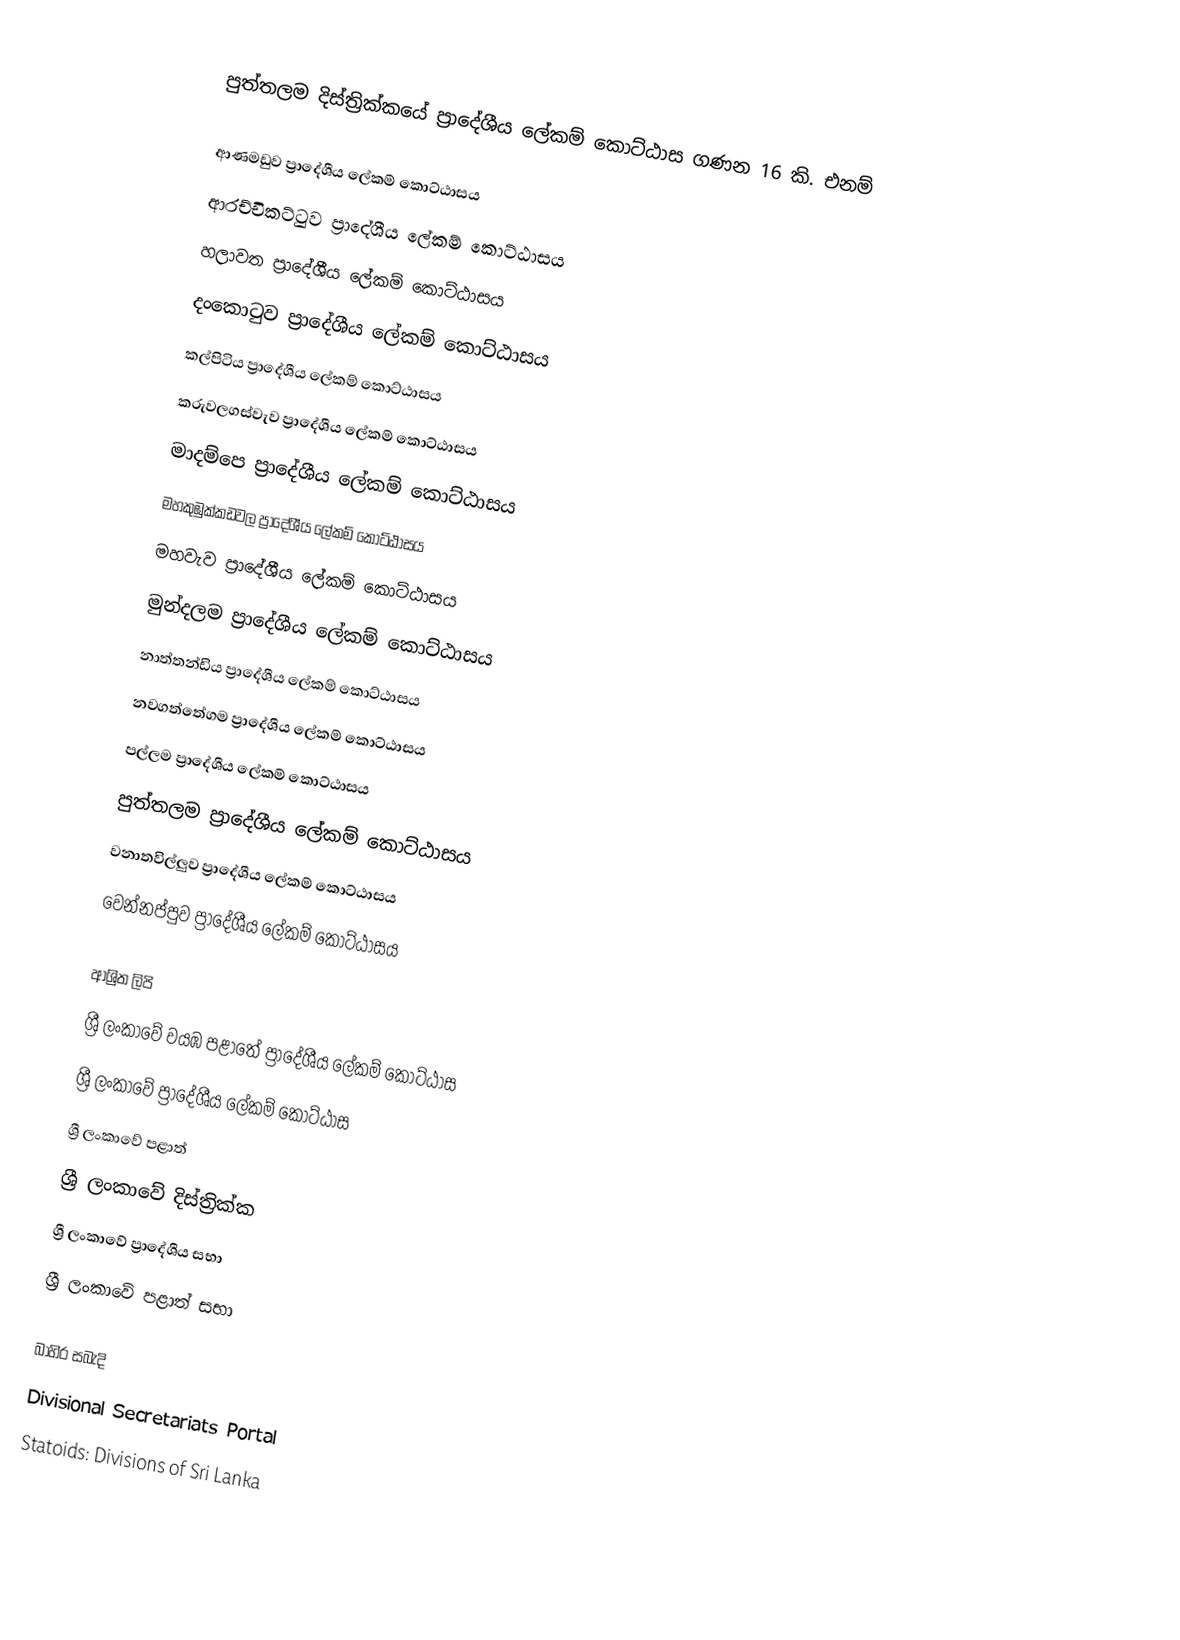
පුත්තලම දිස්ත්‍රික්කයේ ප්‍රාදේශීය ලේකම් කොට්ඨාස ගණන 16 කි. එනම්

 ආණමඩුව ප්‍රාදේශීය ලේකම් කොට්ඨාසය
 ආරච්චිකට්ටුව ප්‍රාදේශීය ලේකම් කොට්ඨාසය
 හලාවත ප්‍රාදේශීය ලේකම් කොට්ඨාසය
 දංකොටුව ප්‍රාදේශීය ලේකම් කොට්ඨාසය
 කල්පිටිය ප්‍රාදේශීය ලේකම් කොට්ඨාසය
 කරුවලගස්වැව ප්‍රාදේශීය ලේකම් කොට්ඨාසය
 මාදම්පෙ ප්‍රාදේශීය ලේකම් කොට්ඨාසය
 මහකුඹුක්කඩවල ප්‍රාදේශීය ලේකම් කොට්ඨාසය
 මහවැව ප්‍රාදේශීය ලේකම් කොට්ඨාසය
 මුන්දලම ප්‍රාදේශීය ලේකම් කොට්ඨාසය
 නාත්තන්ඩිය ප්‍රාදේශීය ලේකම් කොට්ඨාසය
 නවගත්තේගම ප්‍රාදේශීය ලේකම් කොට්ඨාසය
 පල්ලම ප්‍රාදේශීය ලේකම් කොට්ඨාසය
 පුත්තලම ප්‍රාදේශීය ලේකම් කොට්ඨාසය
 වනාතවිල්ලුව ප්‍රාදේශීය ලේකම් කොට්ඨාසය
 වෙන්නප්පුව ප්‍රාදේශීය ලේකම් කොට්ඨාසය

ආශ්‍රිත ලිපි
 ශ්‍රී ලංකාවේ වයඹ පළාතේ ප්‍රාදේශීය ලේකම් කොට්ඨාස
 ශ්‍රී ලංකාවේ ප්‍රාදේශීය ලේකම් කොට්ඨාස
 ශ්‍රී ලංකාවේ පළාත්
 ශ්‍රී ලංකාවේ දිස්ත්‍රික්ක
 ශ්‍රී ලංකාවේ ප්‍රාදේශීය සභා
 ශ්‍රී ලංකාවේ පළාත් සභා

බාහිර සබැදි
 Divisional Secretariats Portal
 Statoids: Divisions of Sri Lanka